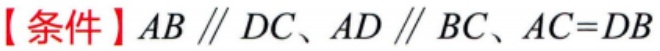
【条件】\(AB \parallel DC、AD \parallel BC、AC = DB\)